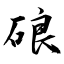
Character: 硠